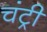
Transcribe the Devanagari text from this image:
चंट्री